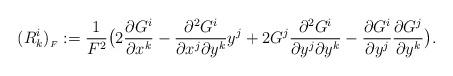
LaTeX: \begin{align*} (R^{i}_{k})_{_F}:=\frac{1}{F^2}\big(2\frac{\partial G^i}{\partial x^k}-\frac{\partial^2 G^i}{\partial x^j \partial y^k}y^j +2G^j\frac{\partial^2 G^i}{\partial y^j \partial y^k} - \frac{\partial G^i}{\partial y^j}\frac{\partial G^j}{\partial y^k}\big).\end{align*}